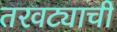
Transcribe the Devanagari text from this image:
तरवट्याची